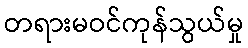
တရားမဝင်ကုန်သွယ်မှု